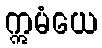
ဣမံယေ